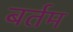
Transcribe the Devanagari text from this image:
बर्तम